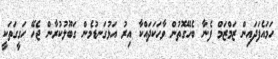
ހަމައެފަދައިން ޒަމްޒަމް ފެނާ ބެހޭގޮތުން ވާހަކަދައްކާ އިރު އަޅުގަނޑުމެން ގަބޫލުކުރާން ޖެހޭ ހަގީގަތަކީ